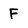
Character: F